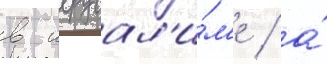
в иерусал'и́м'е / а́